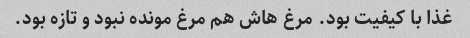
غذا با کیفیت بود. مرغ هاش هم مرغ مونده نبود و تازه بود.